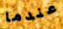
عندما